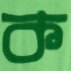
ক